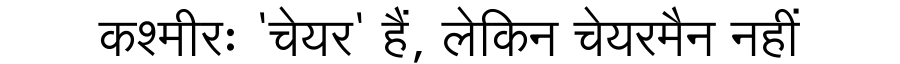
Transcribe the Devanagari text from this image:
कश्मीरः 'चेयर' हैं, लेकिन चेयरमैन नहीं